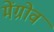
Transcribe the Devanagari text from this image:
मेंग्रोव